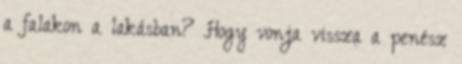
a falakon a lakásban? Hogy vonja vissza a penész